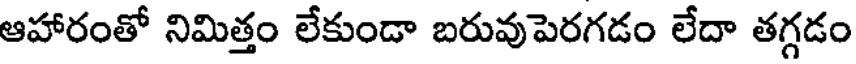
ఆహారంతో నిమిత్తం లేకుండా బరువుపెరగడం లేదా తగ్గడం